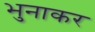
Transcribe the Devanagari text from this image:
भुनाकर